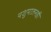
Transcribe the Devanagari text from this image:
पशुपालनही